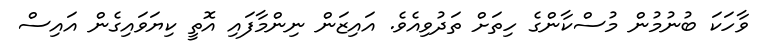
ވާހަކަ ބުނުމުން މުސްކާންގެ ހިތަށް ތަދުވިއެވެ. އައިޒަން ނިންމާފައި އޮތީ ކިޔަވައިގެން އައިސް